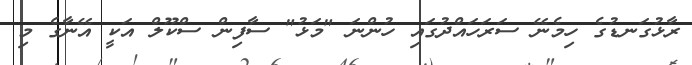
ރާޅުގަނޑުގެ ހިމެނޭ ސަރަހައްދުގައި ހުންނަ "މަޅު" ސާފިން ސްކޫލް އަކީ އޭނާގެ މި